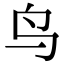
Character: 鸟